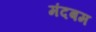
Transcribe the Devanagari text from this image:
मंदबम